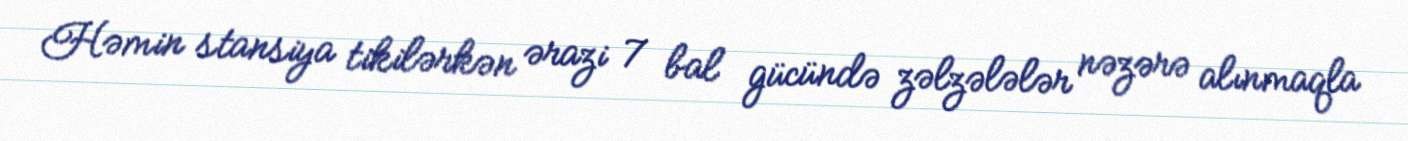
Həmin stansiya tikilərkən ərazi 7 bal gücündə zəlzələlər nəzərə alınmaqla